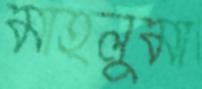
মাহলুমা